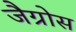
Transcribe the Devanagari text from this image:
जैग्रोस